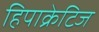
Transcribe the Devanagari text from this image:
हिपाक्रेटिज